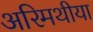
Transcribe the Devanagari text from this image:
अरिमथीया